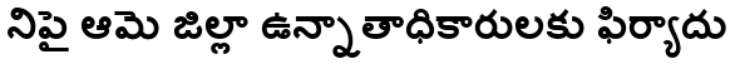
నిపై ఆమె జిల్లా ఉన్నాతాధికారులకు ఫిర్యాదు